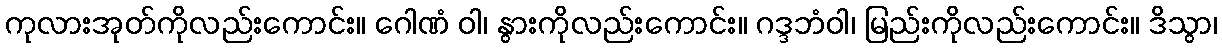
ကုလားအုတ်ကိုလည်းကောင်း။ ဂေါဏံ ဝါ၊ နွားကိုလည်းကောင်း။ ဂဒ္ဒဘံဝါ၊ မြည်းကိုလည်းကောင်း။ ဒိသွာ၊